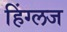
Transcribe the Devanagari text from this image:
हिंग्लज